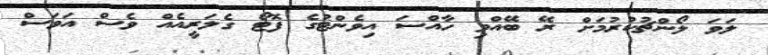
ލަވަ ލޯންޗުކުރުމަށް ރޭ ބޭއްވި ހާއްސަ އިވެންޓުގެ ފޮޓޯ ގެލަރީއެއް ވެސް އަވަސް